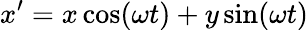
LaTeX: x^{\prime}=x\cos(\omega t)+y\sin(\omega t)